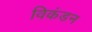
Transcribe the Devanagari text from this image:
विकंडन